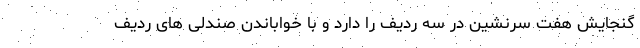
گنجایش هفت سرنشین در سه ردیف را دارد و با خواباندن صندلی های ردیف